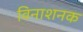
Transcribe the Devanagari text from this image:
विनाशनक